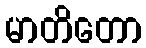
မာတိတော